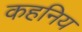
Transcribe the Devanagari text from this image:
कहनिय